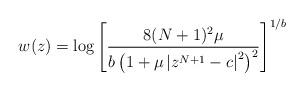
LaTeX: \begin{align*}w(z)={\rm{log}}\left[\frac{8(N+1)^{2}\mu}{b\left(1+\mu\left|z^{N+1}-c\right|^{2}\right)^{2}}\right]^{1/b}\end{align*}